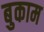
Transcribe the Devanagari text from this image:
बुकाम